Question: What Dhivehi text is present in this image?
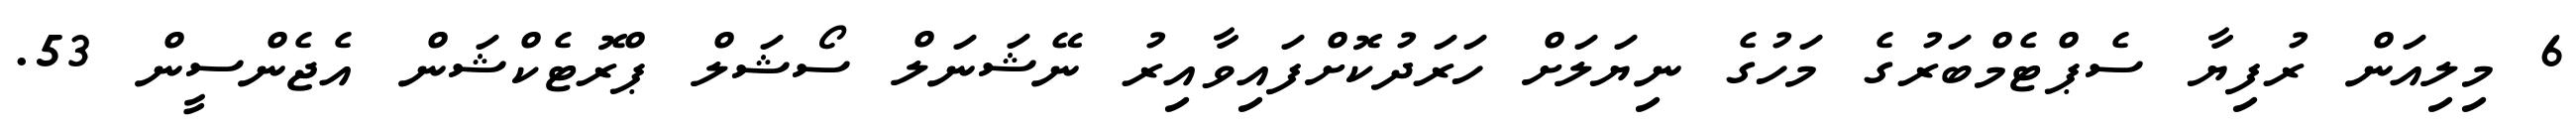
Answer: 6 މިލިއަން ރުފިޔާ ސެޕްޓެމްބަރުގެ މަހުގެ ނިޔަލަށް ހަރަދުކޮށްފައިވާއިރު ނޭޝަނަލް ސޯޝަލް ޕްރޮޓެކްޝަން އެޖެންސީން 53.